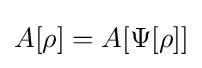
A[\rho ]=A[\Psi [\rho ]]